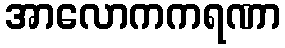
အာလောကကရဏာ